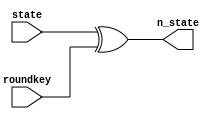
`timescale 1ns / 1ps
//done
module AddRoundKey (
    input [127:0]state,
    input [127:0]roundkey,
    output [127:0]n_state
);

assign n_state = state ^ roundkey;

endmodule